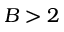
B > 2